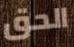
الحق